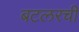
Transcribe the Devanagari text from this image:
बटलरची